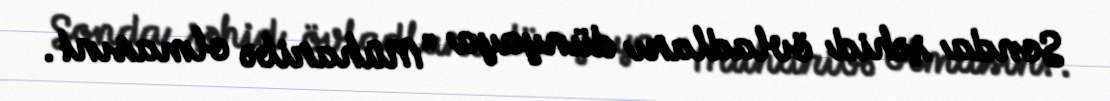
Sonda şəhid övladları dünyaya “Müharibə olmasın!.